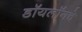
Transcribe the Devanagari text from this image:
डॉयलॉगचे